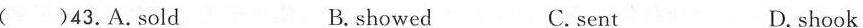
( )43.A.Sold B. showed C.sent D. shook